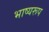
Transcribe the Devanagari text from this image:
भाष्यरूप